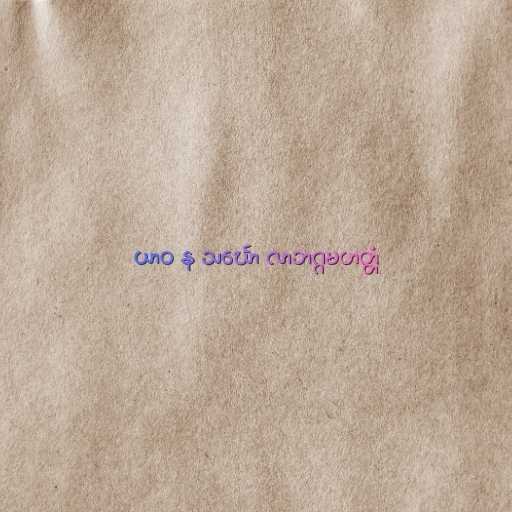
ယာဝ န သင်္ဃော လာဘဂ္ဂမဟတ္တံ